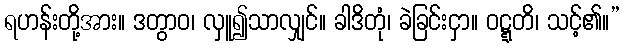
ရဟန်းတို့အား။ ဒတွာဝ၊ လှူ၍သာလျှင်။ ခါဒိတုံ၊ ခဲခြင်းငှာ။ ဝဋ္ဋတိ၊ သင့်၏။”